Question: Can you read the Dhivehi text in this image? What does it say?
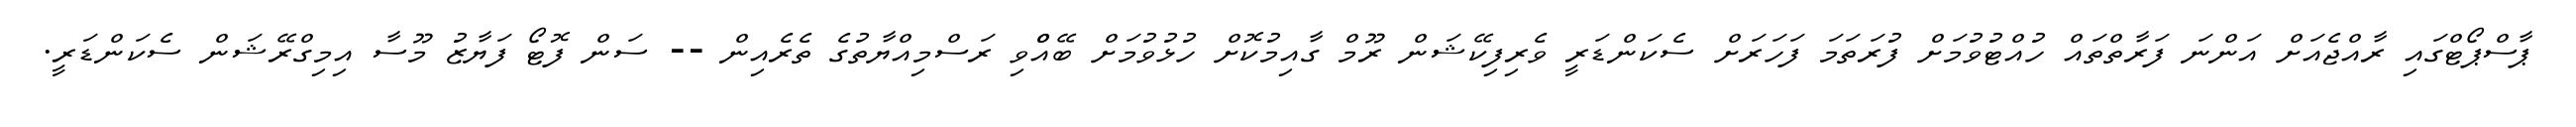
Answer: ޕާސްޕޯޓްގައި ރާއްޖެއަށް އަންނަ ފަރާތްތައް ހުއްޓުވުމަށް ފުރަތަމަ ފަހަރަށް ސެކަންޑަރީ ވެރިފިކޭޝަން ރޫމް ގާއިމުކޮށް ހުޅުވުމަށް ބޭއްްވި ރަސްމިއްޔާތުގެ ތެރެއިން -- ސަން ފޮޓޯ ފަޔާޒު މޫސާ އިމިގްރޭޝަން ސެކަންޑަރީ.